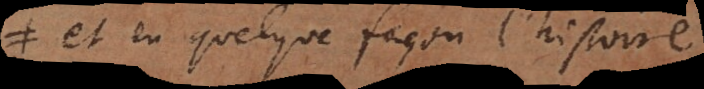
et en quelque façon l’histoire